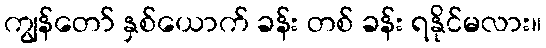
ကျွန်တော် နှစ်ယောက် ခန်း တစ် ခန်း ရနိုင်မလား။